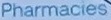
Pharmacis